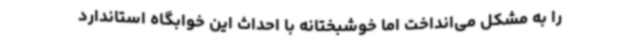
را به مشکل می‌انداخت اما خوشبختانه با احداث این خوابگاه استاندارد